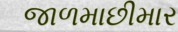
જાળમાછીમાર